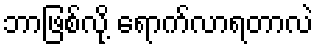
ဘာဖြစ်လို့ ရောက်လာရတာလဲ